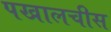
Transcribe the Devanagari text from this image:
पखालचीस